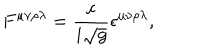
F ^ { \mu \nu \rho \lambda } = \frac { c } { i \sqrt { g } } \epsilon ^ { \mu \nu \rho \lambda } ,